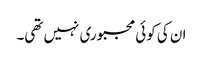
ان کی کوئی مجبوری نہیں تھی۔